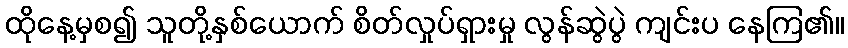
ထိုနေ့မှစ၍ သူတို့နှစ်ယောက် စိတ်လှုပ်ရှားမှု လွန်ဆွဲပွဲ ကျင်းပ နေကြ၏။